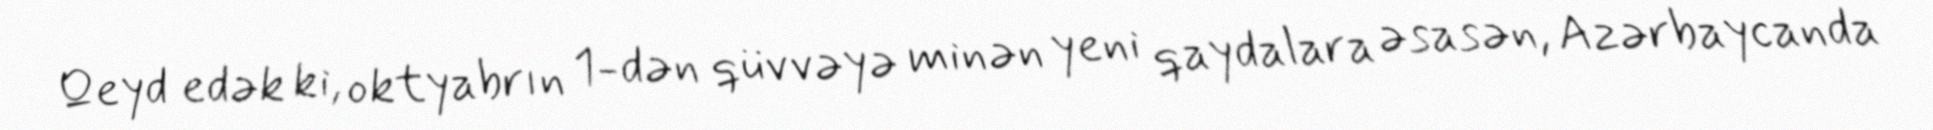
Qeyd edək ki, oktyabrın 1-dən qüvvəyə minən yeni qaydalara əsasən, Azərbaycanda